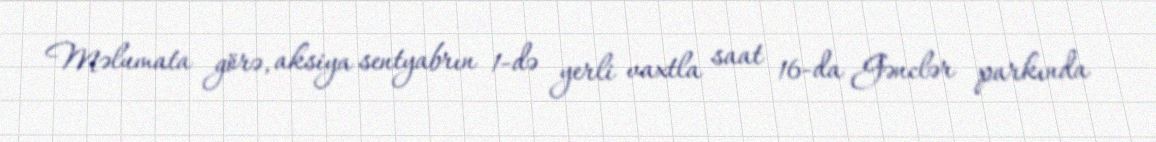
Məlumata görə, aksiya sentyabrın 1-də yerli vaxtla saat 16-da Gənclər parkında